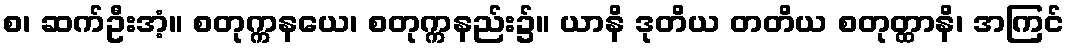
စ၊ ဆက်ဦးအံ့။ စတုက္ကနယေ၊ စတုက္ကနည်း၌။ ယာနိ ဒုတိယ တတိယ စတုတ္ထာနိ၊ အကြင်